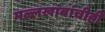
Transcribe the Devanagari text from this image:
मल्लखांबांचीही